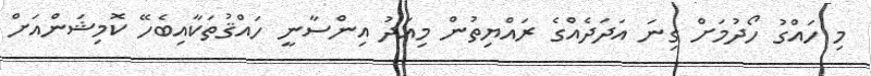
މި ހައްގު ހޯދުމަށް ގިނަ އަދަދެއްގެ ރައްޔިތުން މިއަދު އިންސާނީ ހައްޤުތަކާއިބެހޭ ކޮމިޝަންއަށް